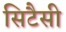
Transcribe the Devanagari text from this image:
सिटैसी